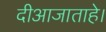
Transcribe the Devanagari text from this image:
दीआजाताहे।